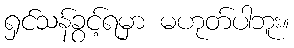
ရှင်သန်ခွင့်ရမှာ မဟုတ်ပါဘူး။